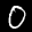
Label: 0